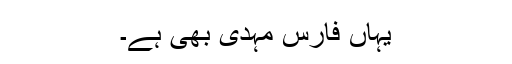
یہاں فارس مہدی بھی ہے۔